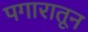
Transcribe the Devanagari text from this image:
पगारातून